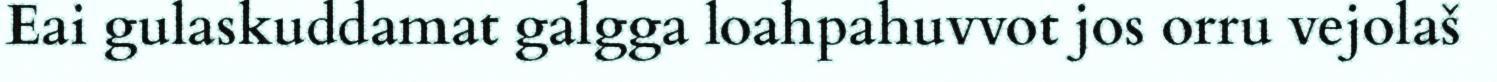
Eai gulaskuddamat galgga loahpahuvvot jos orru vejolaš